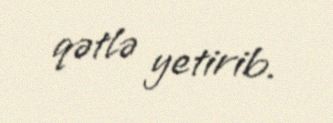
qətlə yetirib.